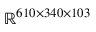
\mathbb { R } ^ { 6 1 0 \times 3 4 0 \times 1 0 3 }